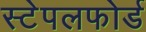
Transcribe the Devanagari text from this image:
स्टेपलफोर्ड